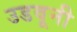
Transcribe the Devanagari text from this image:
उडवूनी